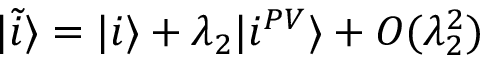
| \tilde { i } \rangle = | i \rangle + \lambda _ { 2 } | i ^ { P V } \rangle + { \cal O } ( \lambda _ { 2 } ^ { 2 } )